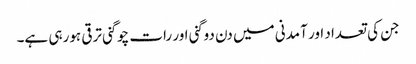
جن کی تعداد اور آمدنی میں دن دوگنی اور رات چوگنی ترقی ہورہی ہے۔